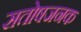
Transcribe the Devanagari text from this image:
सतोषजनक